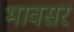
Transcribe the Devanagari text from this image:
भावसर